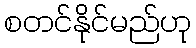
စတင်နိုင်မည်ဟု